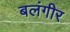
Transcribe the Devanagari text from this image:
बलंगीर